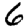
Digit: 6